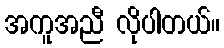
အကူအညီ လိုပါတယ်။